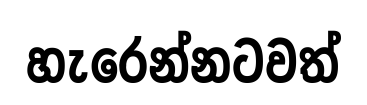
හැරෙන්නටවත්